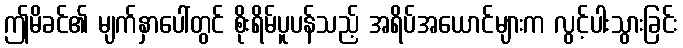
ဤမိခင်၏ မျက်နှာပေါ်တွင် စိုးရိမ်ပူပန်သည့် အရိပ်အယောင်များက လွင့်ပါးသွားခြင်း